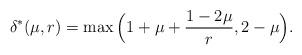
LaTeX: \begin{align*}&\delta^*(\mu,r) = \max\Big(1 + \mu + \frac{1-2\mu}{r}, 2-\mu \Big).\end{align*}